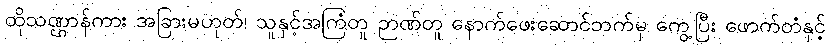
ထိုသဏ္ဌာန်ကား အခြားမဟုတ်၊ သူနှင့်အကြံတူ ဉာဏ်တူ နောက်ဖေးဆောင်ဘက်မှ ကွေ့ပြီး ဖောက်တံနှင့်